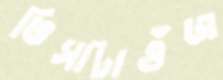
ভিসাটাগুঁজ